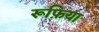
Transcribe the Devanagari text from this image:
रूफ़िया